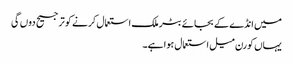
میں انڈے کے بجائے بٹر ملک استعمال کرنے کو ترجیح دوں گی
یہاں کورن میل استعمال ہوا ہے۔